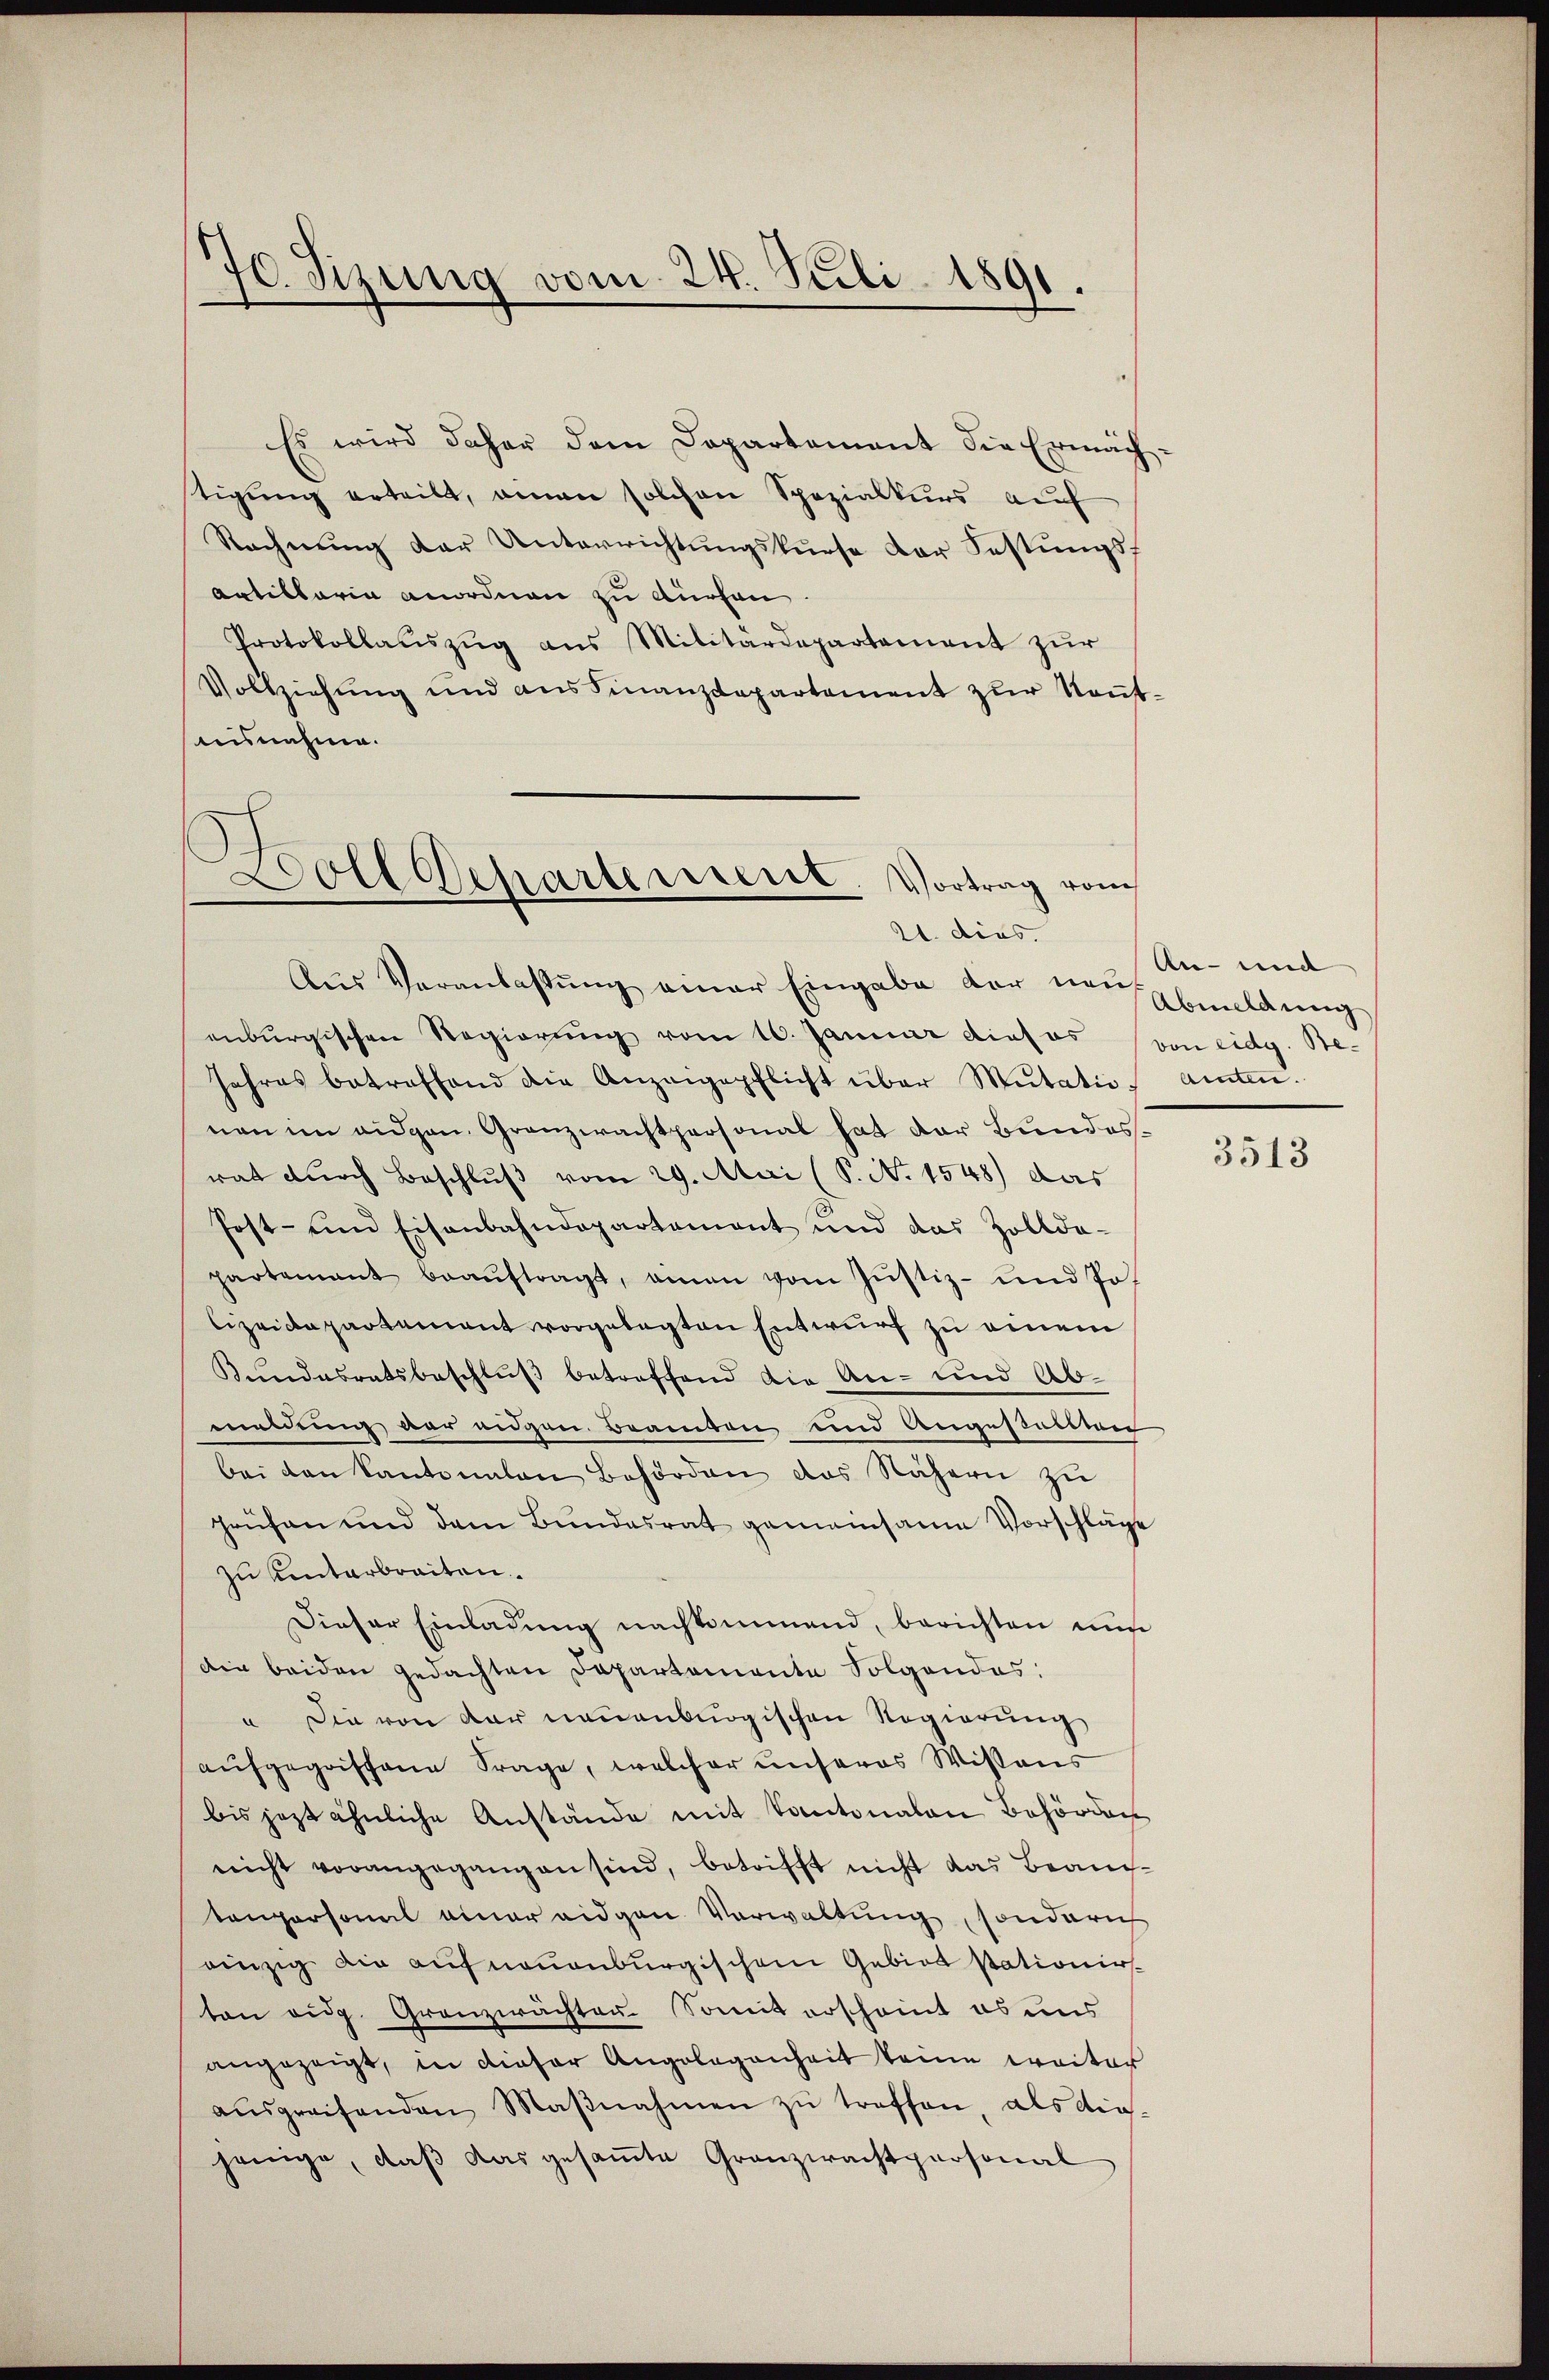
70. Sizung vom 24. Juli 1891.

Es wird daher dem Departement die Ermäch-
tigung erteilt, einen solchen Spezialkurs auf
Rechnung der Unterrichtungskurse der Festungs¬
Artillaria anordnen zu dürfen
Protokollaŭszŭg ans Militärdepartement zŭr
Vollziehung und aus Finanzdepartement zur Neutaisnahme.
Aus Veranlassŭng einer Eingabe der vermeldung
enburgischen Regierung vom 16. Januar dies es von eidg. Be-
Jahres betreffend die Anzeigepflicht über Mutatie amten.
nen im eidgen. Granzwachtpersonal hat der Bundesrat durch Beschluß vom 29. Mai (S. No 1548) das
Post- und Eisenbahndepartement und das Zollde-
partement beaŭftragt, amen vom Jŭstiz- und Jolizeidepartement vorgelegten Entwurf zu einem
Kundesratsbeschlŭβ betreffend die An- und Abmeldung der eidgen. Beamten und Angestaltung
bei den Kantonalen Behörden das Nähern zu
prüfen und dem Bundesrat gemeinsame Vorschläge
zu Unterbreiten.
Dieser Einladung nachkommend, berichten nun
Die beiden gedachten Departemente Folgendes:
u Die von der neuenburgischen Regierung
aufgegriffene Frage, welcher unseres Wissens
bis jezt ähnliche Anstände mit Kantonalen Behörden
nicht vorangegangen sind, betrifft nicht das Beam-
tenpersonal einer eidgen Verwaltung, sonderich
einzig die auf neuenburgischem Gebiet sationir
ton eidg. Granzwachten. Somit erscheint es uns
angezeigt, in dieser Angelegenheit keine weiter
aŭsgreifenden Maβnahmen zŭ treffen, als die-
jenige, daß das gesamte Granzwachtpersonal

Doll Departement. Vortrag vom
21. dies

An- und

3513